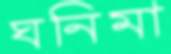
ঘনিমা